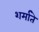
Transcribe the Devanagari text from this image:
शर्माते